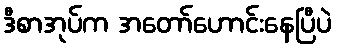
ဒီစာအုပ်က အတော်ဟောင်းနေပြီပဲ